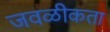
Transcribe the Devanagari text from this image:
जवळीकता